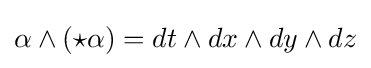
\alpha \wedge ({\star }\alpha )=dt\wedge dx\wedge dy\wedge dz